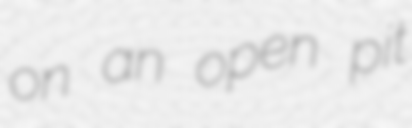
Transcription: on an open pit